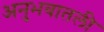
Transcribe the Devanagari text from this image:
अनुभवातली